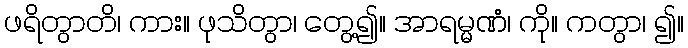
ဖရိတွာတိ၊ ကား။ ဖုသိတွာ၊ တွေ့၍။ အာရမ္မဏံ၊ ကို။ ကတွာ၊ ၍။